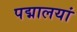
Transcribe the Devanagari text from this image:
पद्मालयां